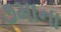
૭માના